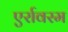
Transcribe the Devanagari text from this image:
एर्रावरम